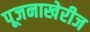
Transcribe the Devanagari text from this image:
पूजनाखेरीज